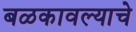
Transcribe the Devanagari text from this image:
बळकावल्याचे